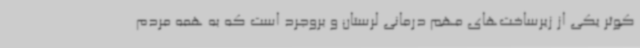
کوثر یکی از زیرساخت‌های مهم درمانی لرستان و بروجرد است که به همه مردم